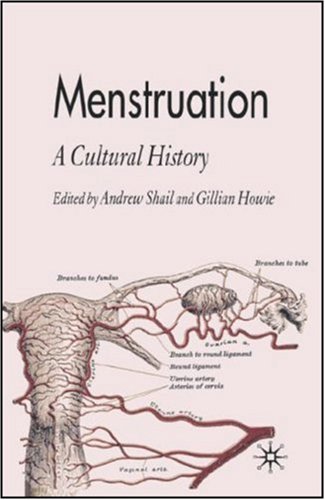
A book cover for Menstruation: A Cultural History; Health, Fitness & Dieting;